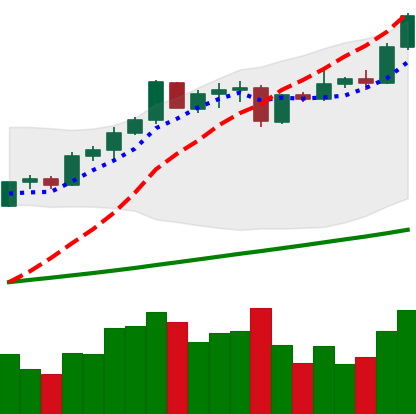
Ticker: ETH-USD
Chart end date: 2021-04-14
Forward return: -11.043%
Label: down_7plus